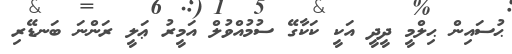
ޙުސައިން ޙިލްމީ ދީދީ އަކީ ކަކާގޭ ސުމުއްވުލް އަމީރު ޢަލީ ރަންނަ ބަނޑޭރި